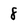
Character: 8